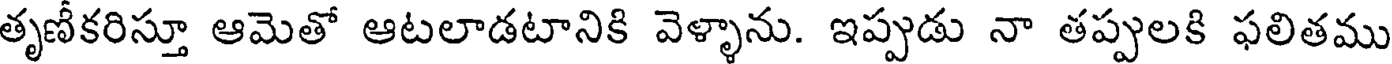
తృణీకరిస్తూ ఆమెతో ఆటలాడటానికి వెళ్ళాను. ఇప్పుడు నా తప్పులకి ఫలితము